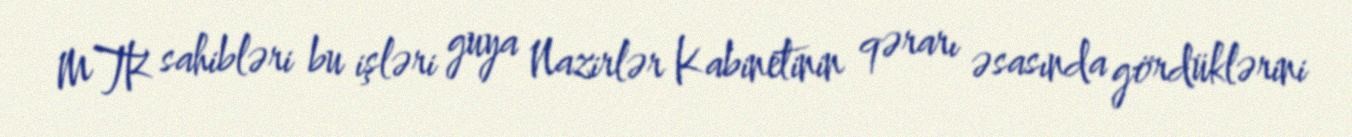
MTK sahibləri bu işləri guya Nazirlər Kabinetinin qərarı əsasında gördüklərini